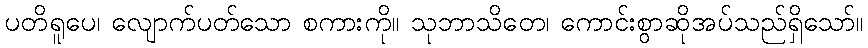
ပတိရူပေ၊ လျောက်ပတ်သော စကားကို။ သုဘာသိတေ၊ ကောင်းစွာဆိုအပ်သည်ရှိသော်။